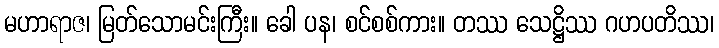
မဟာရာဇ၊ မြတ်သောမင်းကြီး။ ခေါ ပန၊ စင်စစ်ကား။ တဿ သေဋ္ဌိဿ ဂဟပတိဿ၊